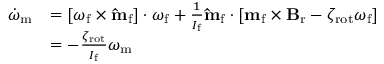
\begin{array} { r l } { \dot { \omega } _ { \mathrm { m } } } & { = [ \boldsymbol { \omega } _ { \mathrm { f } } \times \mathbf { \hat { m } } _ { \mathrm { f } } ] \cdot \boldsymbol { \omega } _ { \mathrm { f } } + \frac { 1 } { I _ { \mathrm { f } } } \mathbf { \hat { m } } _ { \mathrm { f } } \cdot [ \mathbf { m } _ { \mathrm { f } } \times \mathbf { B } _ { \mathrm { r } } - \zeta _ { \mathrm { r o t } } \boldsymbol { \omega } _ { \mathrm { f } } ] } \\ & { = - \frac { \zeta _ { \mathrm { r o t } } } { I _ { \mathrm { f } } } \omega _ { \mathrm { m } } } \end{array}